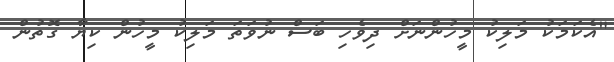
"އެކަމަކު މަލިކު މީހުންނަށް ދިވެހި ބަސް ނުވަތަ މަލިކު މީހުން ކިޔާ ގޮތުން